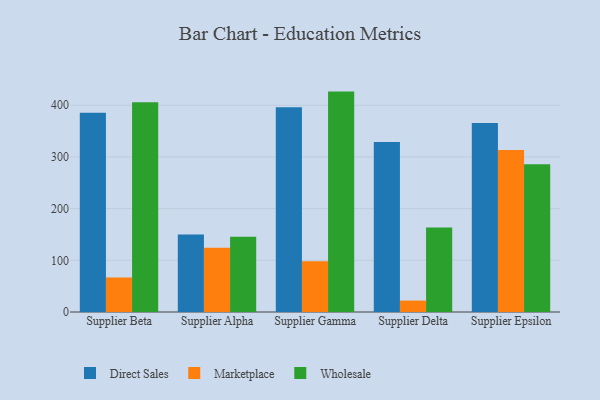
{"axis": {"x": "Supplier", "y": "Conversion Rate (%)"}, "legend": ["Direct Sales", "Marketplace", "Wholesale"], "data": [{"x": "Supplier Beta", "y": 385.7, "type": "Direct Sales"}, {"x": "Supplier Beta", "y": 66.8, "type": "Marketplace"}, {"x": "Supplier Beta", "y": 406.0, "type": "Wholesale"}, {"x": "Supplier Alpha", "y": 150.1, "type": "Direct Sales"}, {"x": "Supplier Alpha", "y": 124.1, "type": "Marketplace"}, {"x": "Supplier Alpha", "y": 145.4, "type": "Wholesale"}, {"x": "Supplier Gamma", "y": 396.0, "type": "Direct Sales"}, {"x": "Supplier Gamma", "y": 98.3, "type": "Marketplace"}, {"x": "Supplier Gamma", "y": 426.4, "type": "Wholesale"}, {"x": "Supplier Delta", "y": 328.8, "type": "Direct Sales"}, {"x": "Supplier Delta", "y": 22.1, "type": "Marketplace"}, {"x": "Supplier Delta", "y": 163.7, "type": "Wholesale"}, {"x": "Supplier Epsilon", "y": 365.7, "type": "Direct Sales"}, {"x": "Supplier Epsilon", "y": 313.5, "type": "Marketplace"}, {"x": "Supplier Epsilon", "y": 286.0, "type": "Wholesale"}]}